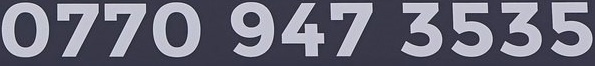
0770 947 3535